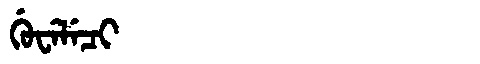
Manchu: ᡤᡠᠸᡝᠯᡝᠴᡳ
Romanization: GUWELECI